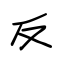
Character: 反